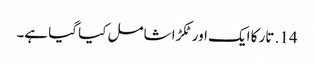
14. تار کا ایک اور ٹکڑا شامل کیا گیا ہے۔